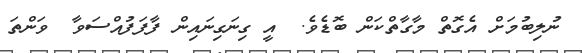
ނުލިބުމަށް އެގޮތް މާގާތްކަން ބޮޑެވެ.  އީ ގިނަގިނައިން ފާފަފުއްސަވާ  ވަންތަ